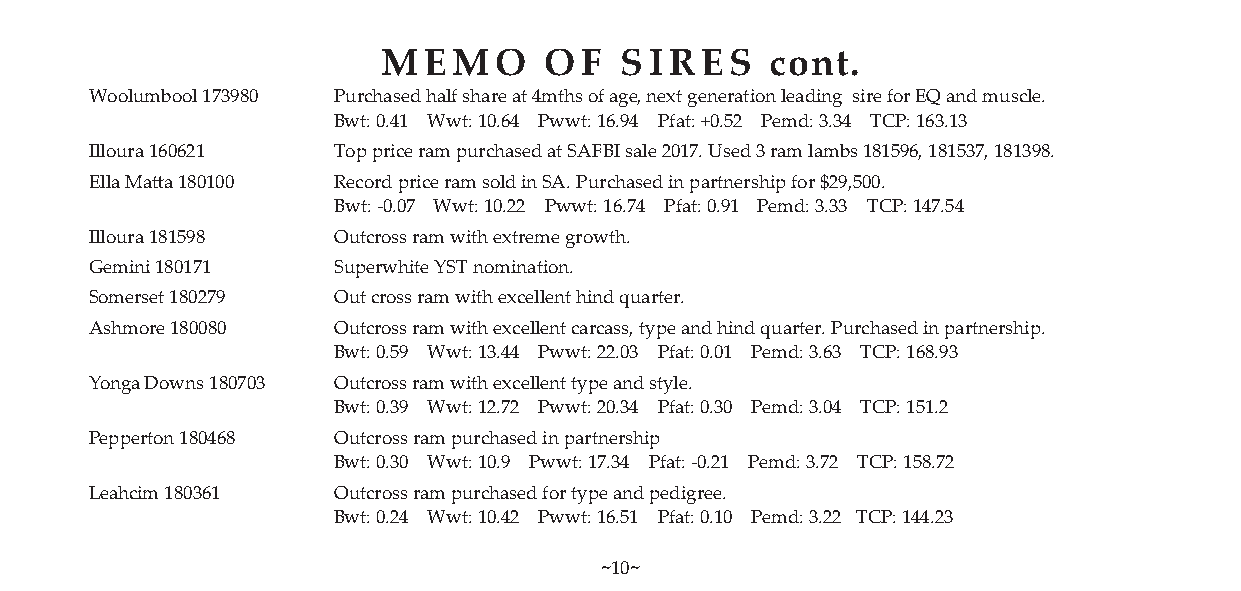
MEMO       OF   SIRES     cont.
 Woolumbool 173980 Purchased half share at 4mths of age, next generation leading sire for EQ and muscle.
 Bwt: 0.41 Wwt: 10.64 Pwwt: 16.94 Pfat: +0.52 Pemd: 3.34 TCP: 163.13
 Illoura 160621  Top price ram purchased at SAFBI sale 2017. Used 3 ram lambs 181596, 181537, 181398.
 Ella Matta 180100 Record price ram sold in SA. Purchased in partnership for $29,500.
 Bwt: -0.07 Wwt: 10.22 Pwwt: 16.74 Pfat: 0.91 Pemd: 3.33 TCP: 147.54
 Illoura 181598  Outcross ram with extreme growth.
 Gemini 180171   Superwhite YST nomination.
 Somerset 180279 Out cross ram with excellent hind quarter.
 Ashmore 180080  Outcross ram with excellent carcass, type and hind quarter. Purchased in partnership.
 Bwt: 0.59 Wwt: 13.44 Pwwt: 22.03 Pfat: 0.01 Pemd: 3.63 TCP: 168.93
 Yonga Downs 180703 Outcross ram with excellent type and style.
 Bwt: 0.39 Wwt: 12.72 Pwwt: 20.34 Pfat: 0.30 Pemd: 3.04 TCP: 151.2
 Pepperton 180468 Outcross ram purchased in partnership
 Bwt: 0.30 Wwt: 10.9 Pwwt: 17.34 Pfat: -0.21 Pemd: 3.72 TCP: 158.72
 Leahcim 180361  Outcross ram purchased for type and pedigree.
 Bwt: 0.24 Wwt: 10.42 Pwwt: 16.51 Pfat: 0.10 Pemd: 3.22 TCP: 144.23
 ~10~